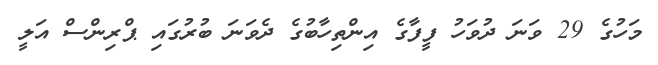
މަހުގެ 29 ވަނަ ދުވަހު ފީފާގެ އިންތިހާބުގެ ދެވަނަ ބުރުގައި ޕްރިންސް އަލީ